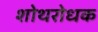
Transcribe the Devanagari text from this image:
शोथरोधक